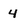
Character: 4